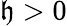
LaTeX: \mathfrak{h}>0